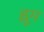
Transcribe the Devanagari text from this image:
ह्नूम